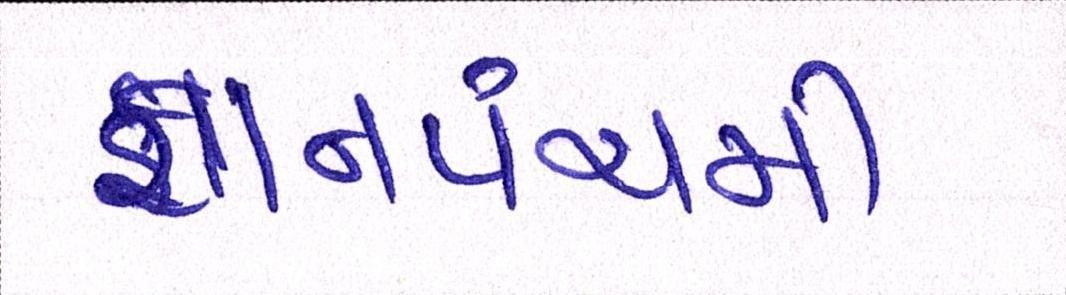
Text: જ્ઞાનપંચમી